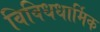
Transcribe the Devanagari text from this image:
विविधधार्मिक